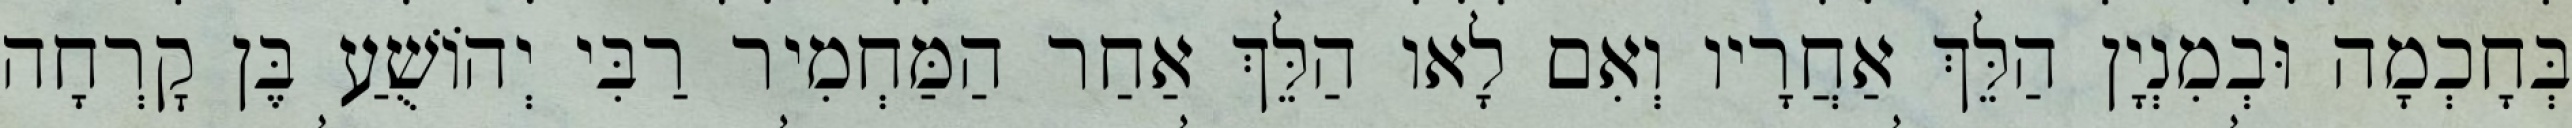
בְּחָכְמָה וּבְמִנְיָן הַלֵּךְ אַחֲרָיו וְאִם לָאו הַלֵּךְ אַחַר הַמַּחְמִיר רַבִּי יְהוֹשֻׁעַ בֶּן קׇרְחָה